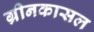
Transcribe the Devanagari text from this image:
ग्रीनकासल